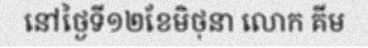
នៅថ្ងៃទី១២ខែមិថុនា លោក គីម